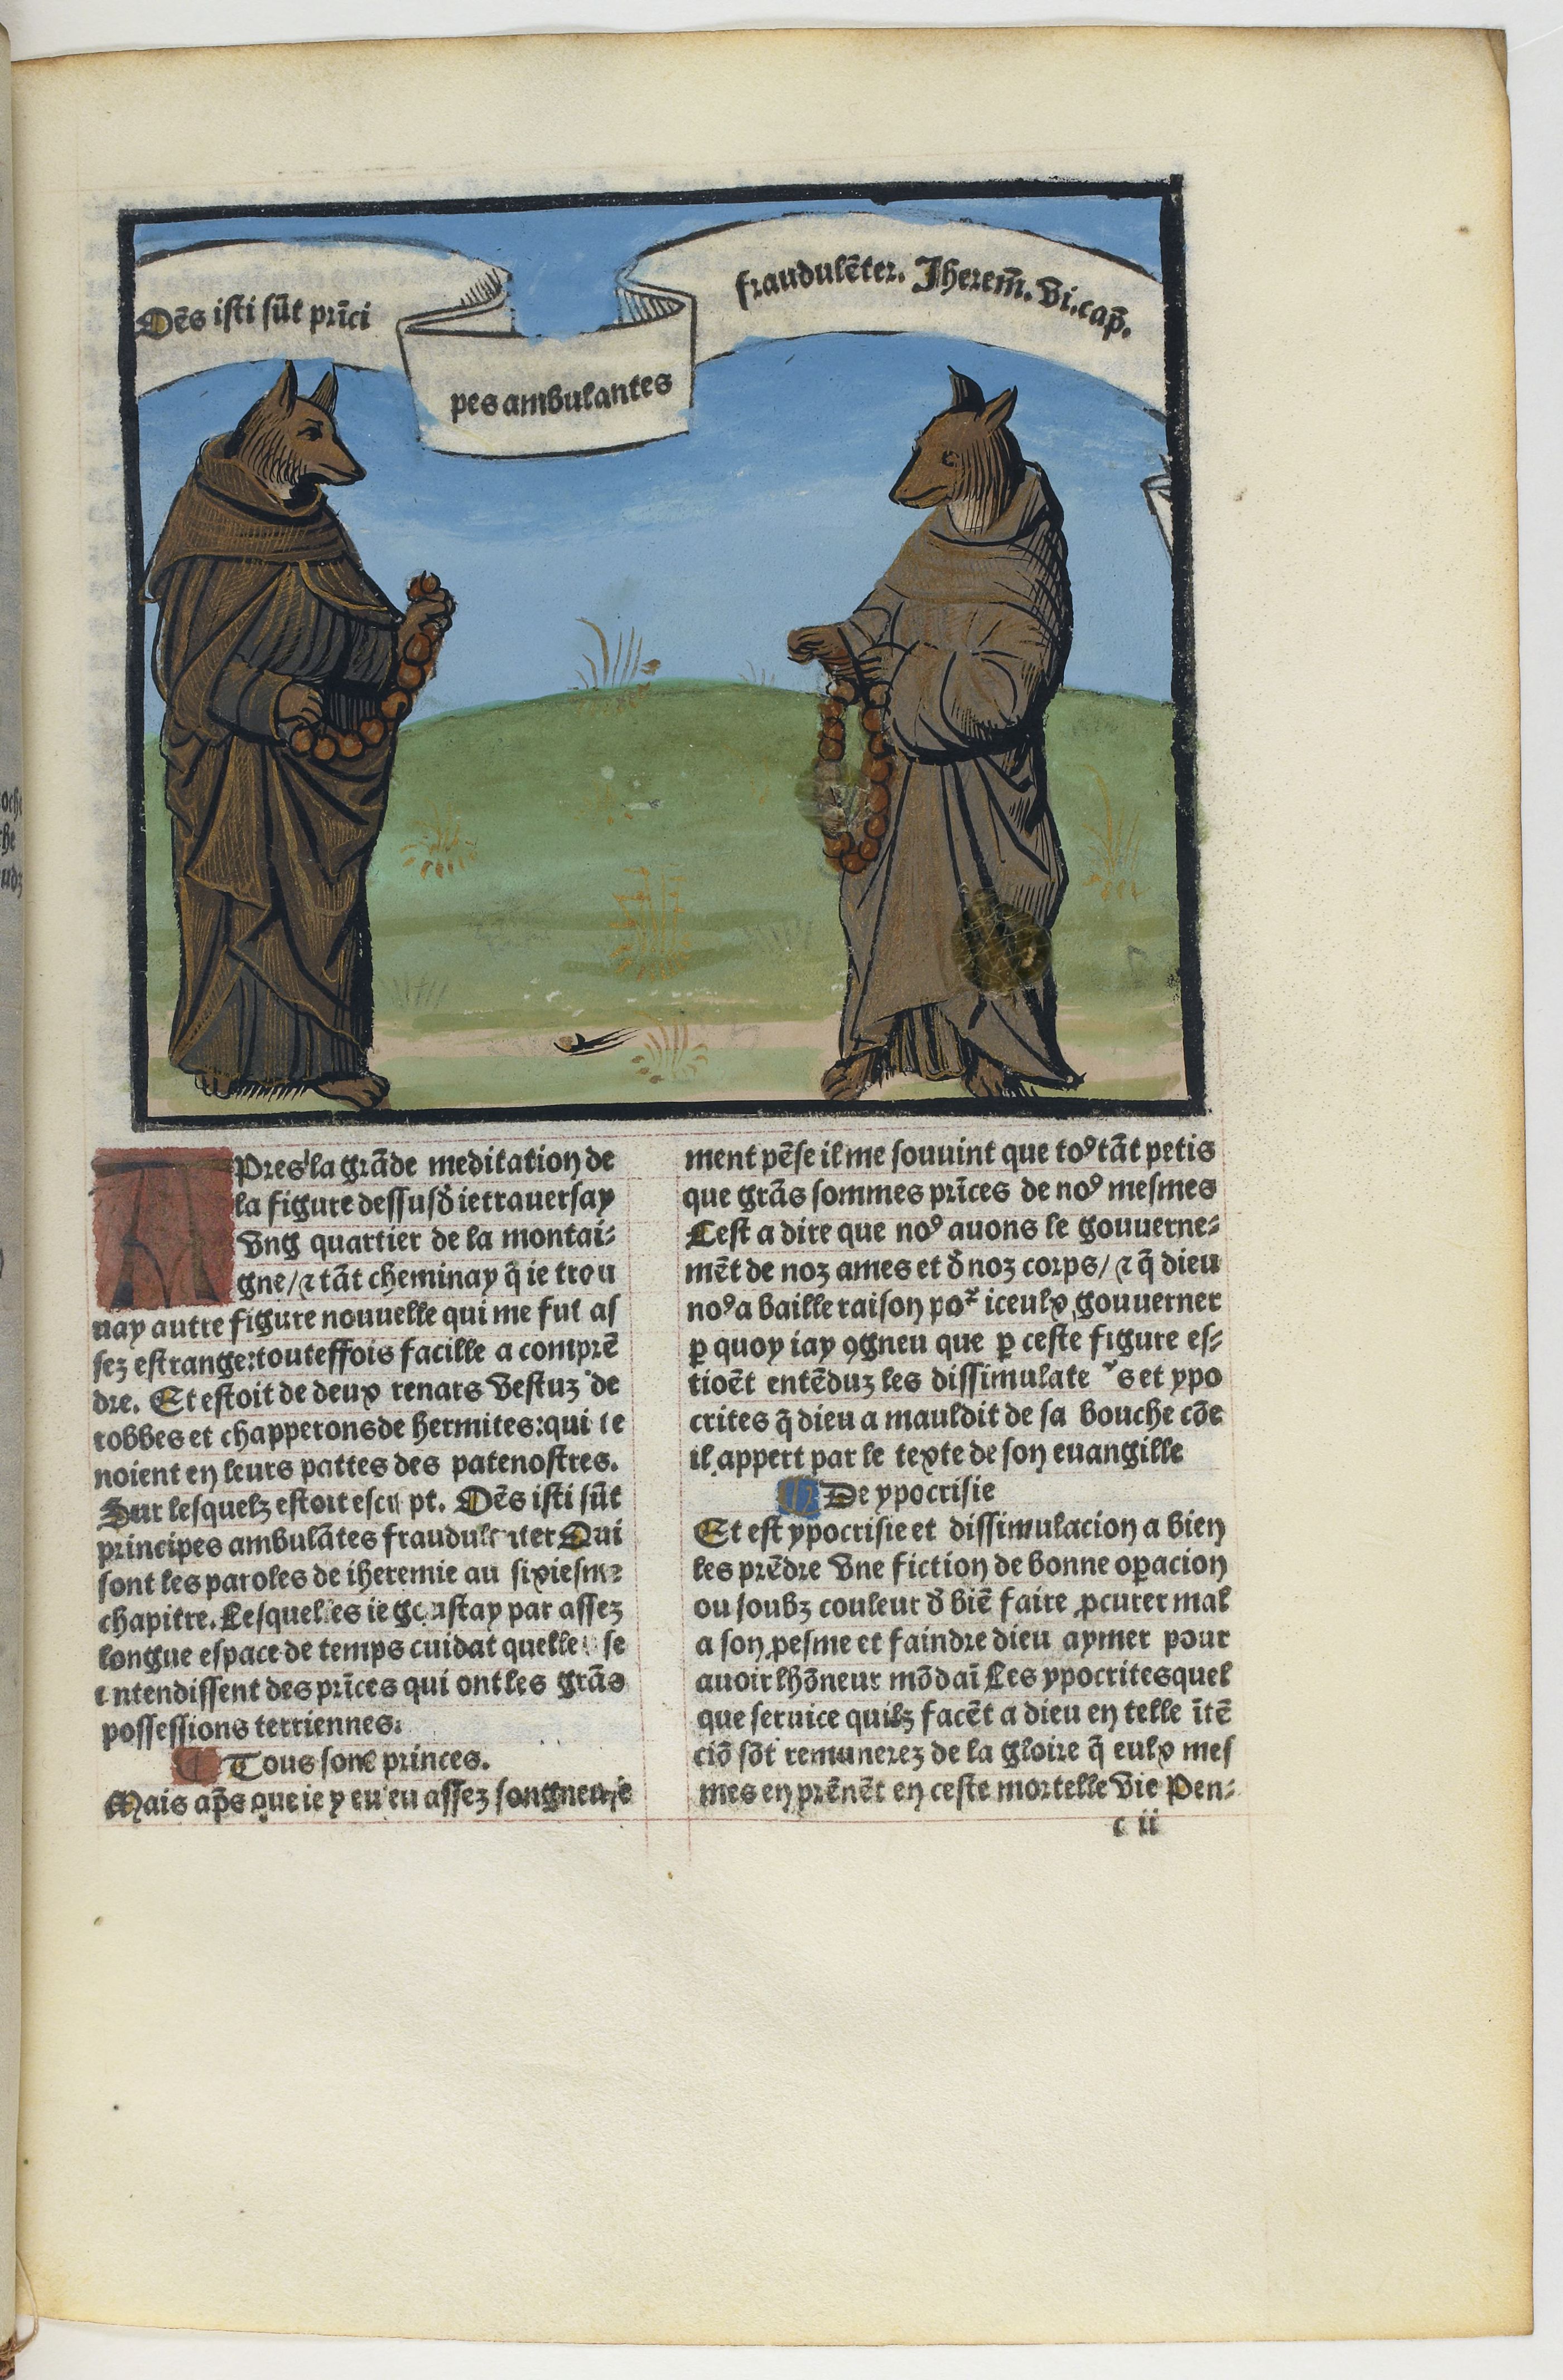
Shelfmark: Paris, BnF, Velins 1103
Century: 16